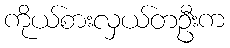
ကိုယ်စားလှယ်တဦးက